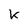
Character: k